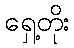
ရှေ့တိုး